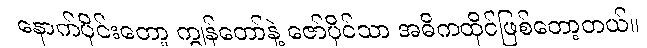
နောက်ပိုင်းတော့ ကျွန်တော်နဲ့ ဇော်ပိုင်သာ အဓိကထိုင်ဖြစ်တော့တယ်။